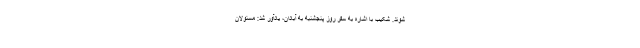
شوند. شکیب با اشاره به سفر روز پنجشنبه به آبادان، یادآور شد: مسئولان